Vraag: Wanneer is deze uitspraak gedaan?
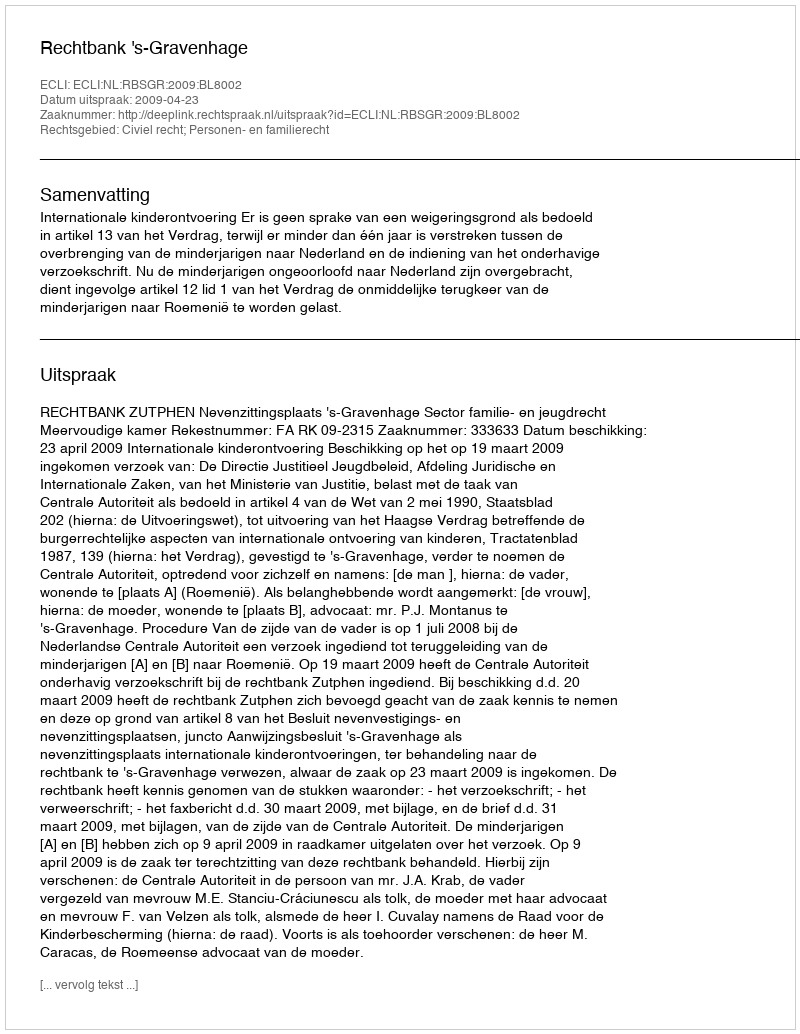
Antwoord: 2009-04-23